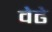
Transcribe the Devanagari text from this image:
वेढे